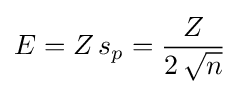
E=Z\,s_{p}={\frac {Z}{2\,{\sqrt {n}}}}